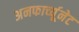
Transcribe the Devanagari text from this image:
अनफार्च्यूनेट